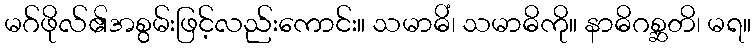
မဂ်ဖိုလ်၏အစွမ်းဖြင့်လည်းကောင်း။ သမာဓိံ၊ သမာဓိကို။ နာဓိဂစ္ဆတိ၊ မရ။